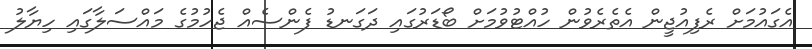
އެގައުމަށް ރެފިއުޖީން އެތެރެވުން ހުއްޓުވުމަށް ބޯޑަރުގައި ދަގަނޑު ފެންސެއް ޖެހުމުގެ މައްސަލާގައި ހިޔާލު